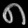
Digit: ၈